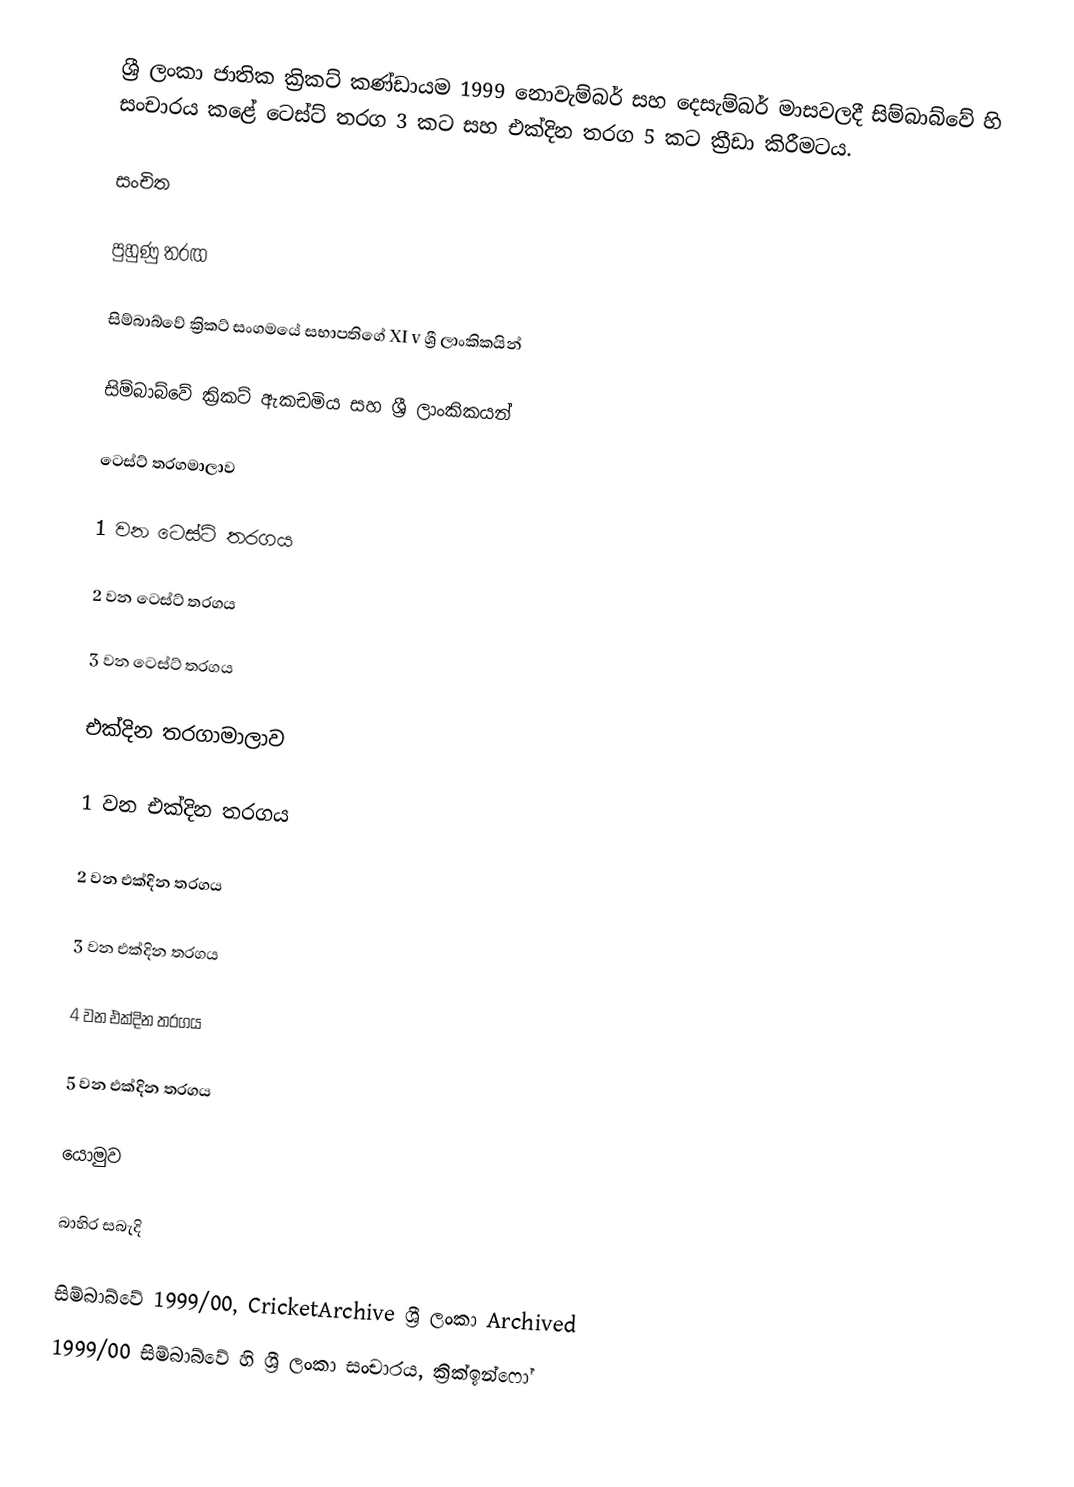
ශ්‍රී ලංකා ජාතික ක්‍රිකට් කණ්ඩායම 1999 නොවැම්බර් සහ දෙසැම්බර් මාසවලදී සිම්බාබ්වේ හි සංචාරය කළේ ටෙස්ට් තරග 3 කට සහ එක්දින තරග 5 කට ක්‍රීඩා කිරීමටය.

සංචිත

පුහුණු තරඟ

සිම්බාබ්වේ ක්‍රිකට් සංගමයේ සභාපතිගේ XI v ශ්‍රී ලාංකිකයින්

සිම්බාබ්වේ ක්‍රිකට් ඇකඩමිය සහ ශ්‍රී ලාංකිකයන්

ටෙස්ට් තරගමාලාව

1 වන ටෙස්ට් තරගය

2 වන ටෙස්ට් තරගය

3 වන ටෙස්ට් තරගය

එක්දින තරගාමාලාව

1 වන එක්දින තරගය

2 වන එක්දින තරගය

3 වන එක්දින තරගය

4 වන එක්දින තරගය

5 වන එක්දින තරගය

යොමුව

බාහිර සබැදි

 සිම්බාබ්වේ 1999/00, CricketArchive ශ්‍රී ලංකා Archived
 1999/00 සිම්බාබ්වේ හි ශ්‍රී ලංකා සංචාරය, ක්‍රික්ඉන්ෆෝ